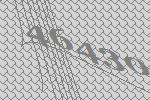
46430